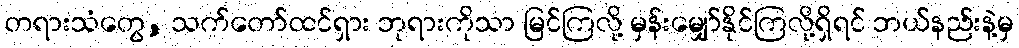
တရားသံတွေ, သက်တော်ထင်ရှား ဘုရားကိုသာ မြင်ကြလို့ မှန်းမျှော်နိုင်ကြလို့ရှိရင် ဘယ်နည်းနဲ့မှ